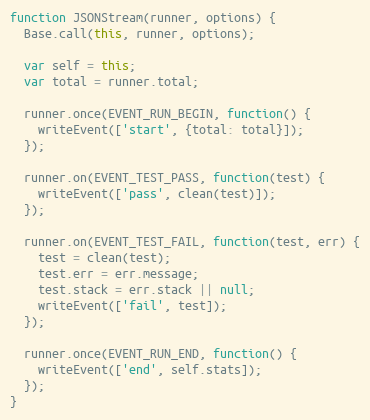
Language: JavaScript
function JSONStream(runner, options) {
  Base.call(this, runner, options);

  var self = this;
  var total = runner.total;

  runner.once(EVENT_RUN_BEGIN, function() {
    writeEvent(['start', {total: total}]);
  });

  runner.on(EVENT_TEST_PASS, function(test) {
    writeEvent(['pass', clean(test)]);
  });

  runner.on(EVENT_TEST_FAIL, function(test, err) {
    test = clean(test);
    test.err = err.message;
    test.stack = err.stack || null;
    writeEvent(['fail', test]);
  });

  runner.once(EVENT_RUN_END, function() {
    writeEvent(['end', self.stats]);
  });
}